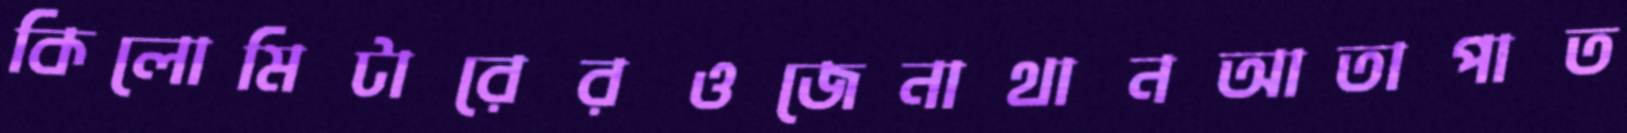
কিলোমিটারেরওজেনাথানআতাপাত